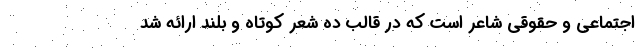
اجتماعی و حقوقی شاعر است که در قالب ده شعرِ کوتاه و بلند ارائه شد